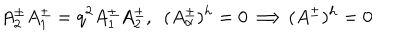
LaTeX: A _ { 2 } ^ { \pm } A _ { 1 } ^ { \pm } = q ^ { 2 } A _ { 1 } ^ { \pm } A _ { 2 } ^ { \pm } , \ \ ( A _ { \alpha } ^ { \pm } ) ^ { h } = 0 \Longrightarrow ( A ^ { \pm } ) ^ { h } = 0